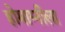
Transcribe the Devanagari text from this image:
होमाग्नीला